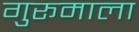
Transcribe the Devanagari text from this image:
गुरूमाला